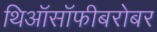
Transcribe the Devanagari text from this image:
थिऑसॉफीबरोबर